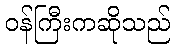
ဝန်ကြီးကဆိုသည်